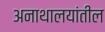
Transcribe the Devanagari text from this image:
अनाथालयांतील